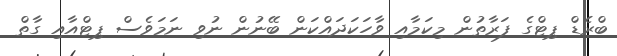
ބްރެޑް ޕިޓްގެ ފަރާތުން މިކަމާއި ވާހަކަދައްކަން ބޭނުން ނުވި ނަމަވެސް ޕިޓްއާއި ގާތް